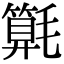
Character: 𣰚